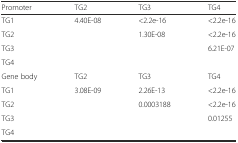
| Promoter | TG2 | TG3 | TG4 |
 | --- | --- | --- | --- |
 | TG1 | 4.40E-08 | <2.2e-16 | <2.2e-16 |
 | TG2 |  | 1.30E-08 | <2.2e-16 |
 | TG3 |  |  | 6.21E-07 |
 | TG4 |  |  |  |
 | Gene body | TG2 | TG3 | TG4 |
 | TG1 | 3.08E-09 | 2.26E-13 | <2.2e-16 |
 | TG2 |  | 0.0003188 | <2.2e-16 |
 | TG3 |  |  | 0.01255 |
 | TG4 |  |  |  |